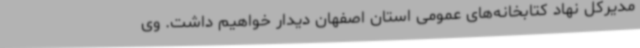
مدیرکل نهاد کتابخانه‌های عمومی استان اصفهان دیدار خواهیم داشت. وی